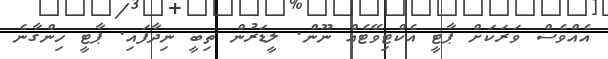
އެއްވެސް ވަރަކަށް ޕާޓީ އެކްޓިވޭޓެއް ނޫން. ލީޑަރުން ތިބީ ނިދާފައި. ޕާޓީ ހިންގާނެ